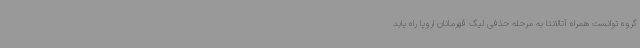
گروه توانست همراه آتالانتا به مرحله حذفی لیگ قهرمانان اروپا راه یابد